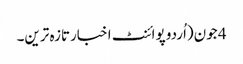
4 جون(اُردو پوائنٹ اخبارتازہ ترین۔